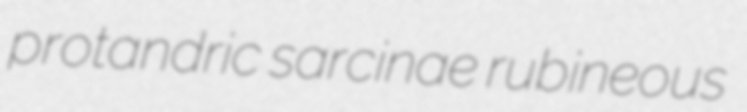
protandric sarcinae rubineous